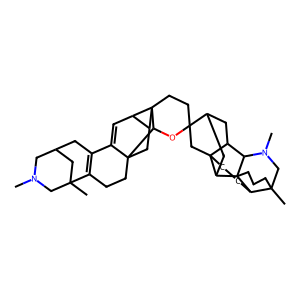
SMILES: CN1CC2CC3=C(CCC45CC6C(C=C34)C63CCC4(CC67CCC8C9(C)CCCC8%10C(C6CC4CC7%10)N(C)C9)OC53)C(C)(C2)C1
Inhibits HIV replication: No